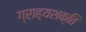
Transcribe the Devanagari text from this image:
ग्राह्यशक्ति